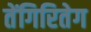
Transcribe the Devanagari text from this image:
तेंगिरितेग